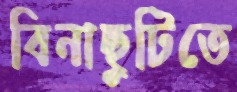
বিনাছুটিতে